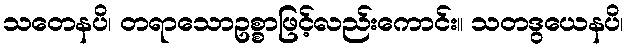
သတေနပိ၊ တရာသောဥစ္စာဖြင့်လည်းကောင်း။ သတဒွယေနပိ၊